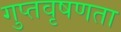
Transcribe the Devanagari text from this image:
गुप्‍तवृषणता